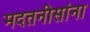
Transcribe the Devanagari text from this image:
मदतनीसांना